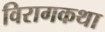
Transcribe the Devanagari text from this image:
विरागकथा